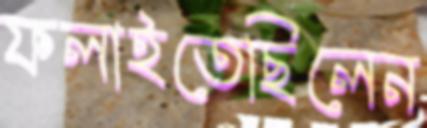
ফলাইতেছিলেন